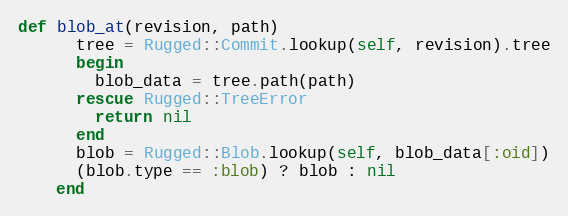
Language: Ruby
def blob_at(revision, path)
      tree = Rugged::Commit.lookup(self, revision).tree
      begin
        blob_data = tree.path(path)
      rescue Rugged::TreeError
        return nil
      end
      blob = Rugged::Blob.lookup(self, blob_data[:oid])
      (blob.type == :blob) ? blob : nil
    end